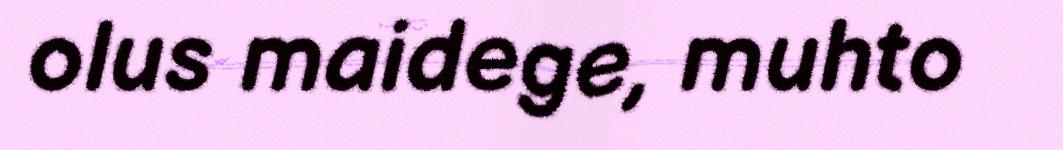
olus maidege, muhto